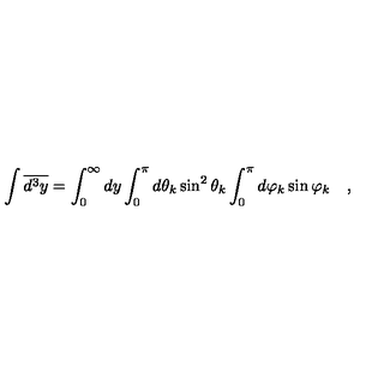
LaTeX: \int \overline { { d ^ { 3 } y } } = \int _ { 0 } ^ { \infty } d y \int _ { 0 } ^ { \pi } d \theta _ { k } \sin ^ { 2 } \theta _ { k } \int _ { 0 } ^ { \pi } d \varphi _ { k } \sin \varphi _ { k } \quad ,